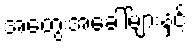
အတွေးအခေါ်များနှင့်